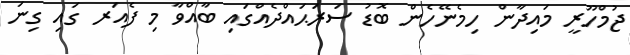
ޖުމްހޫރީ މައިދާން ހިމެނޭހެން ބޮޑު ސަރަޙައްދެއްގައި ބާއްވާ މި ފެއަރ ގައި ގިނަ